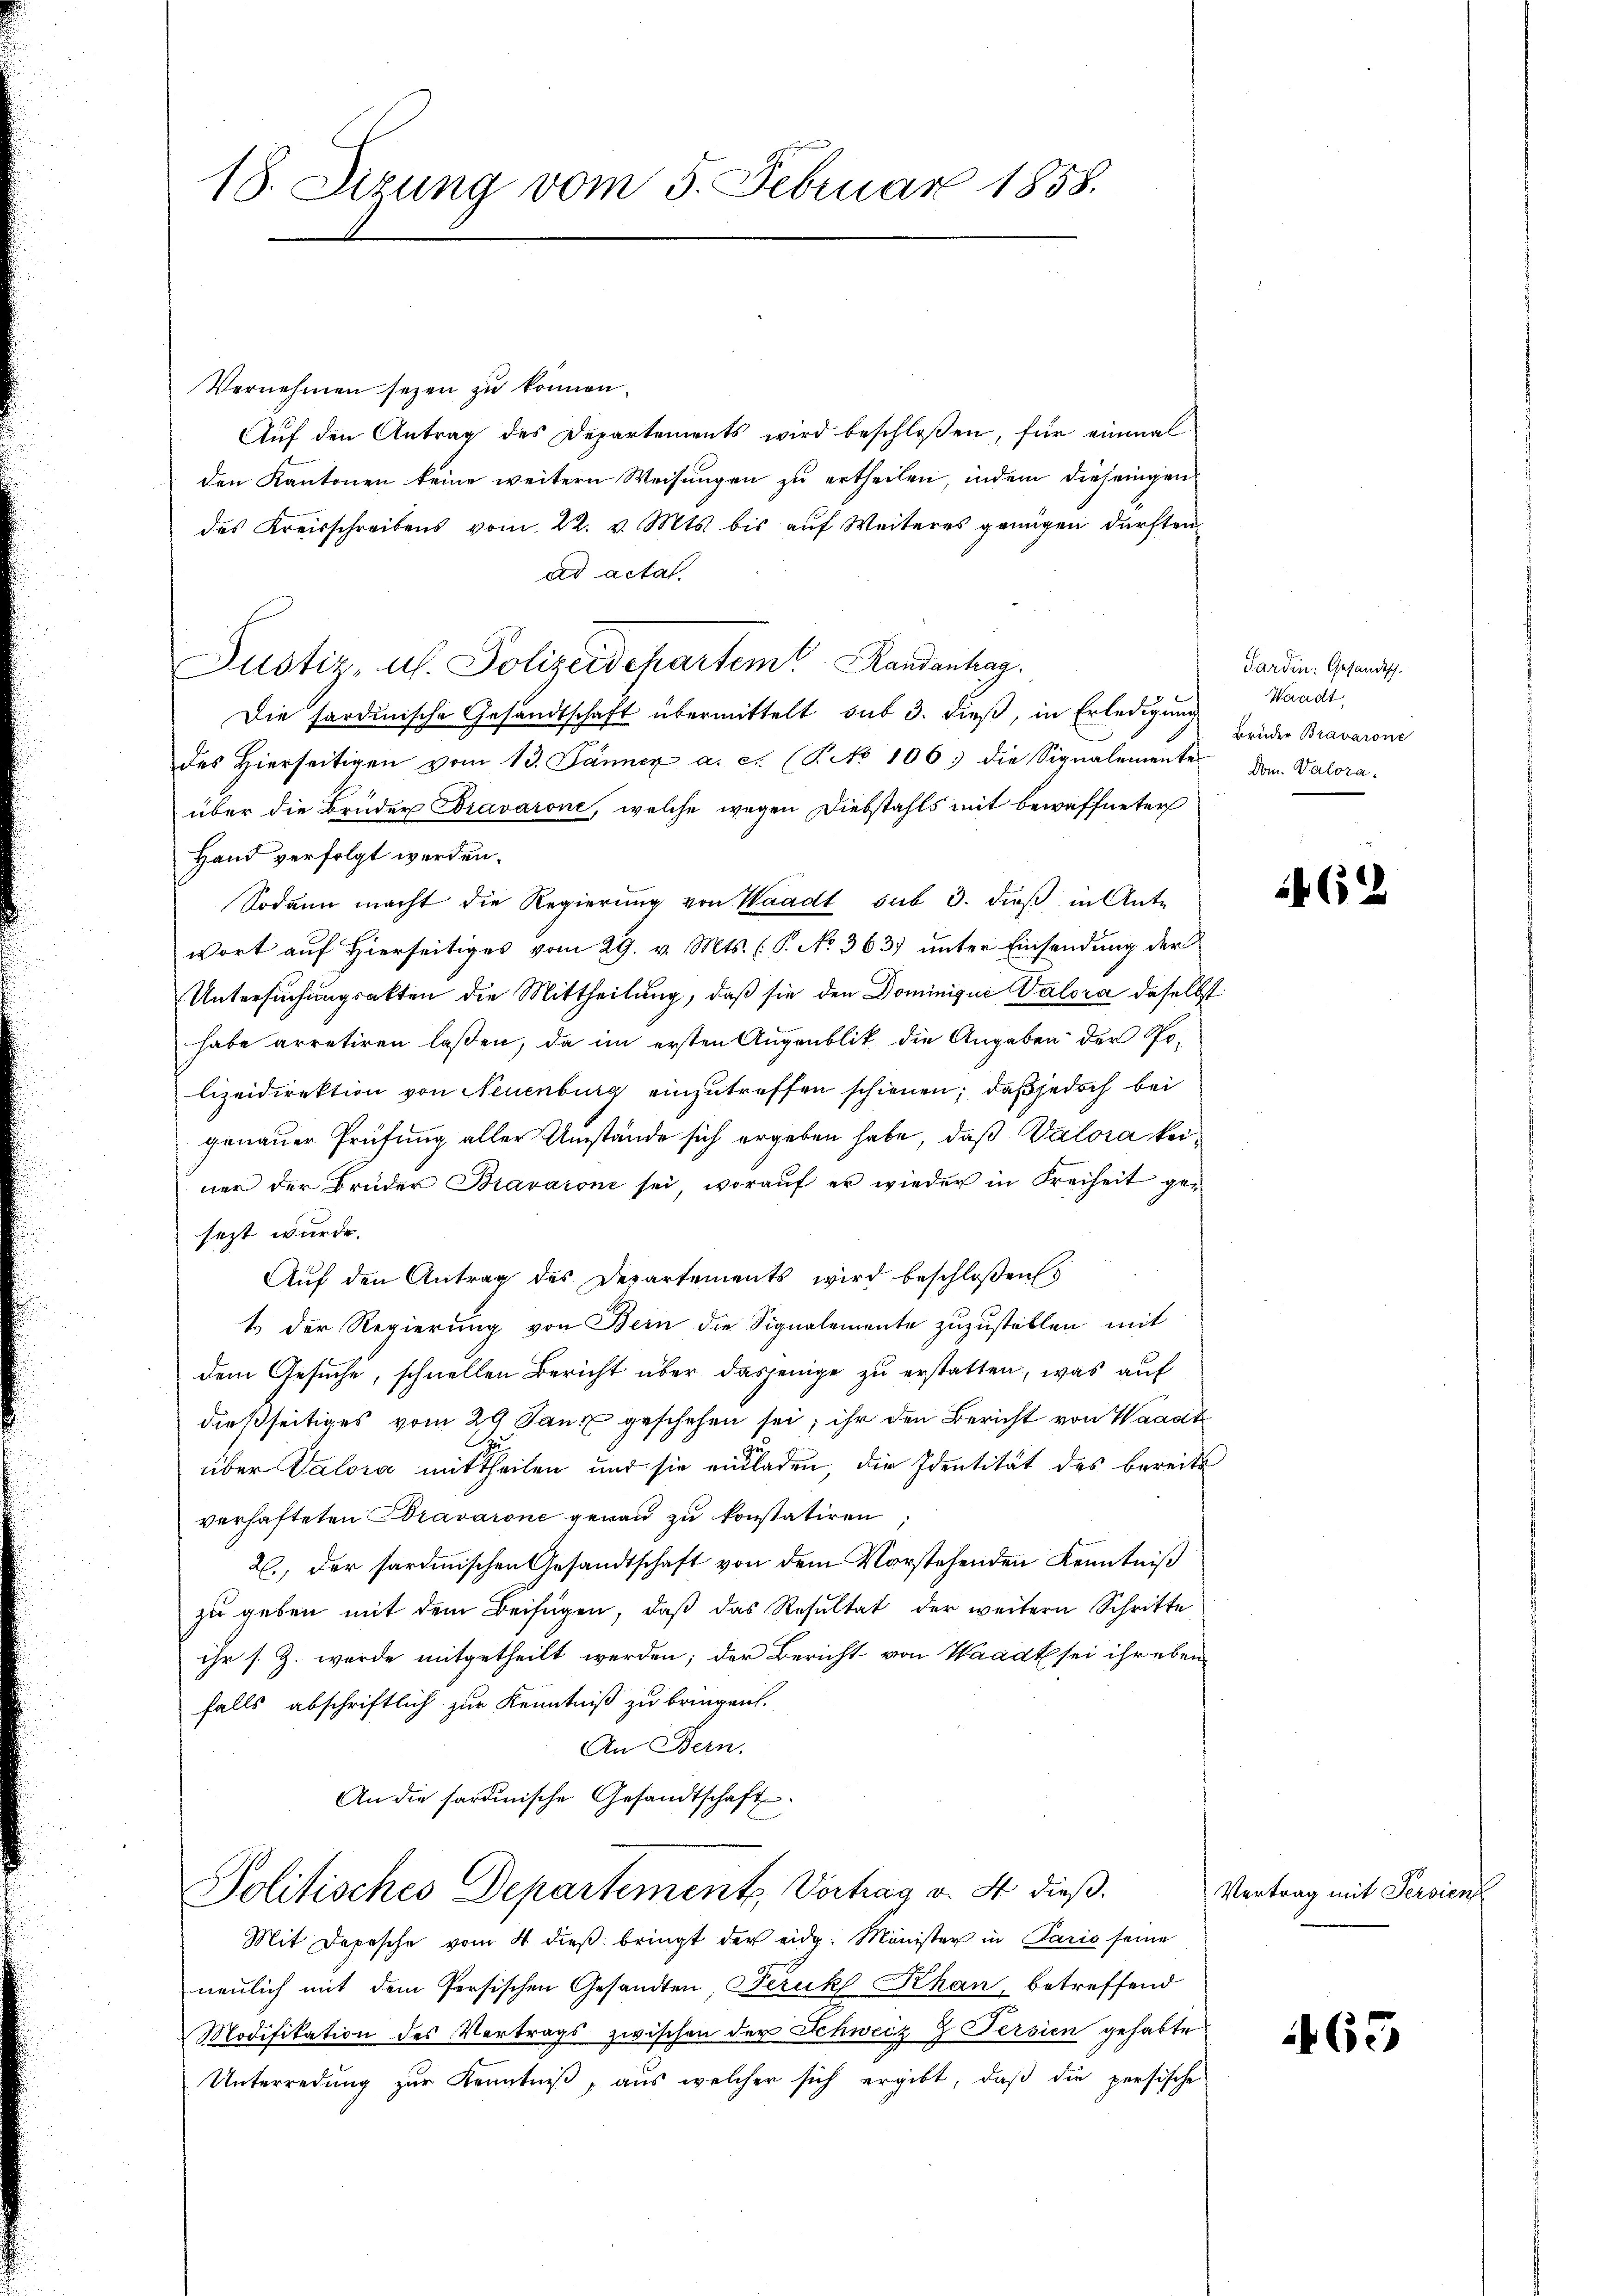
18. Sizung vom 5. Februar 1858.

Vernehmen sezen zu können.
Auf den Antrag des Departements wird beschloßen, für einmal
den Kantonen keine weitern Weisungen zu ertheilen, indem diejenigen
des Kreisschreibens vom 22. v. Mts. bis auf Weiteres genügen dürften
ad actat
Justiz, u. Polizeidchartemt Randenhag
Die fordinische Gesandtschaft übermittelt sub 3. dieß, in Erledigung
des hierseitigen vom 13. Jänner a. c. (T. No 106. die Signalemente dem Valora-
über die Brüder Bravarone, welche wegen Diebstahls mit bewaffneter
Hand verfolgt werden.
Sodann macht die Regierung von Waadt sub 3. dieß in Antr
wort auf Hierseitiges vom 29. v. Mts. (T. No 363) unter Einsendung der
Untersuchungsakten die Mittheilung, daß sie den Dominigue Valora daselbst
habe arretiren laßen, da im ersten Augenblik die Angaben der Solizeidirektion von Neuenburg einzutreffen schienen; daß jedoch bei
genauer Prüfung aller Umstände sich ergeben habe, daß Walora keiner der Brüder Bravaione sei, worauf er wieder in Freiheit gesezt wurde.
Aŭf den Antrag des Departements wird beschloßens
t der Regierung von Bern die Signalemente zuzustellen mit
dem Gesuche, schnellen Bericht über dasjenige zu erstatten, was auf
dießseitiges vom 29 Janz geschehen sei; ihr den Bericht von Waadt
über Valora mittheilen und sie einladen, die Identität des bereits
verhafteten Bravarone genau zu konstatiren
2., der sardinischen Gesandtschaft von dem Vorstehenden Kenntniß
zŭ geben mit dem Beifügen, daβ das Resultat der weitern Schritte
ihr s. Z. wurde mitgetheilt werden; der Bericht von Waadt sei ihr eben
falls abschriftlich zur Kenntniß zu bringen.
An Bern.
An die sardinische Gesandtschaft

Politisches Departement. Vorhag v. M. dieß¬

Mit Depesche vom 4 dieß bringt der eidg. Minister in Paris seine
neulich mit dem Persischen Gesandten, Peruk Khan, betreffend
Modifikation des Vertrags zwischen der Schweiz Z Persien gehabte
Unterredung zur Kenntniß, aus welcher sich ergibt, daß die persische

Sardin: Gesandtsch.
Waadt
Brüder Bravarone

462

Vertrag mit Purienf

65